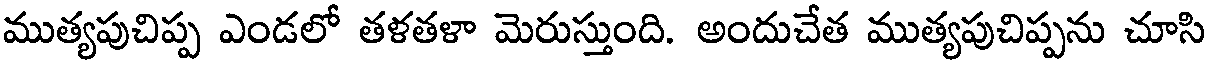
ముత్యపుచిప్ప ఎండలో తళతళా మెరుస్తుంది. అందుచేత ముత్యపుచిప్పను చూసి